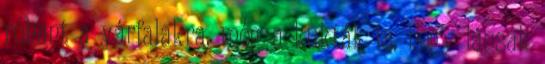
rohant a várfalakra, még a kukták is, hogy lássák